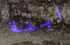
ابنة